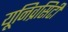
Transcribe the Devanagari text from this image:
यूनिव्रसिटी